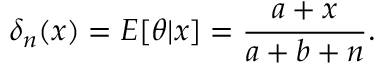
\delta _ { n } ( x ) = E [ \theta | x ] = { \frac { a + x } { a + b + n } } .